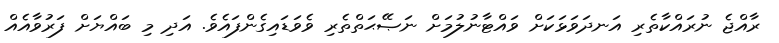
ރާއްޖެ ނުރައްކާތެރި އަނދަވަޅަކަށް ވައްޓާނުލުމަށް ނަޞޭޙަތްތެރި ވެވަޑައިގެންފައެވެ. އަދި މި ބައްޔަށް ފަރުވާއެއް